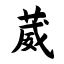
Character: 葳